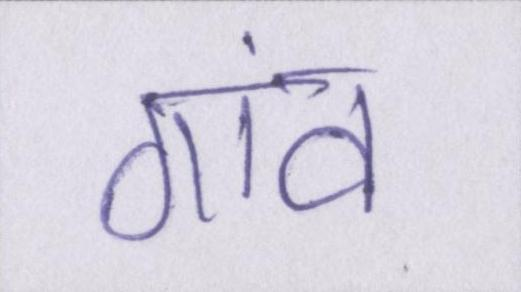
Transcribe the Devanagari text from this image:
गांव